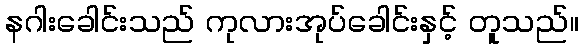
နဂါးခေါင်းသည် ကုလားအုပ်ခေါင်းနှင့် တူသည်။